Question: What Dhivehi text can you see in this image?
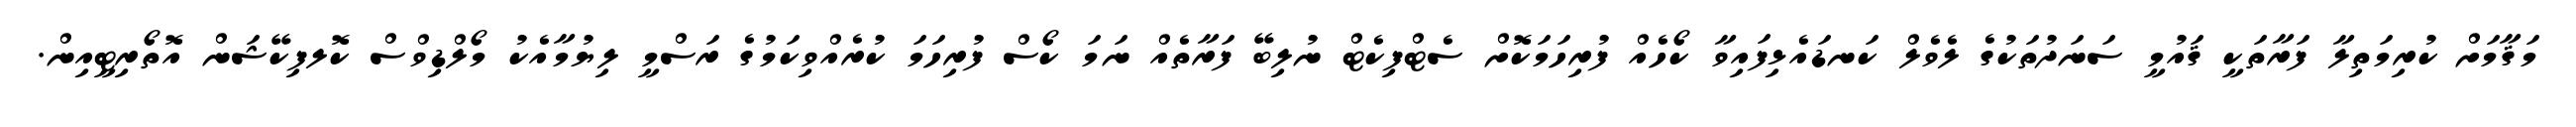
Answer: މަޤާމަށް ކުރިމަތިލާ ފަރާތަކީ ޤައުމީ ސަނަދުތަކުގެ ލެވެލް ކަނޑައެޅިފައިވާ ކޯހެއް ފުރިހަމަކޮށް ސެޓްފިކެޓް ނުލިބޭ ފަރާތެއް ނަމަ ކޯސް ފުރިހަމަ ކުރެއްވިކަމުގެ ރަސްމީ ލިޔުމާއެކު މޯލްޑިވްސް ކޮލފިކޭޝަން އޮތޯރިޓީއިން.